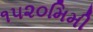
૧૫૨૦મિમી